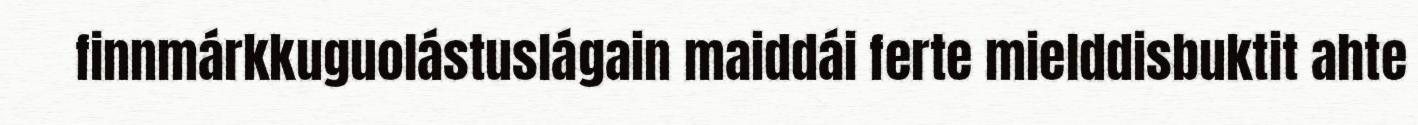
finnmárkkuguolástuslágain maiddái ferte mielddisbuktit ahte